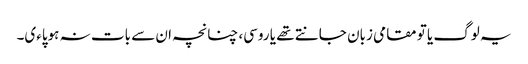
یہ لوگ یا تو مقامی زبان جانتے تھے یا روسی، چنانچہ ان سے بات نہ ہوپاءی۔